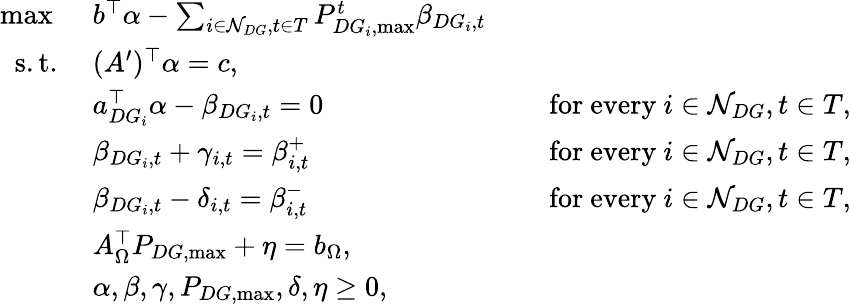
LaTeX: \begin{array}{rlrl}{\operatorname*{max}\ }&{b^{\top}\alpha-\sum_{i\in\mathcal{N}_{DG},t\in T}P_{DG_{i},\operatorname*{max}}^{t}\beta_{DG_{i},t}}\\ {\mathrm{s.t.}\ }&{(A^{\prime})^{\top}\alpha=c,}\\ &{a_{DG_{i}}^{\top}\alpha-\beta_{DG_{i},t}=0}&&{\mathrm{~for~every~}i\in\mathcal{N}_{DG},t\in T,}\\ &{\beta_{DG_{i},t}+\gamma_{i,t}=\beta_{i,t}^{+}}&&{\mathrm{~for~every~}i\in\mathcal{N}_{DG},t\in T,}\\ &{\beta_{DG_{i},t}-\delta_{i,t}=\beta_{i,t}^{-}}&&{\mathrm{~for~every~}i\in\mathcal{N}_{DG},t\in T,}\\ &{A_{\Omega}^{\top}P_{DG,\operatorname*{max}}+\eta=b_{\Omega},}\\ &{\alpha,\beta,\gamma,P_{DG,\operatorname*{max}},\delta,\eta\geq 0,}\end{array}